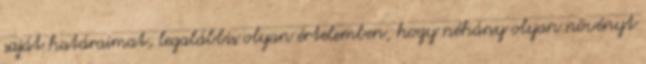
saját határaimat, legalábbis olyan értelemben, hogy néhány olyan növényt